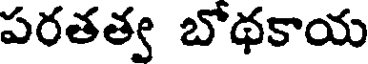
పరతత్వ బోథకాయ